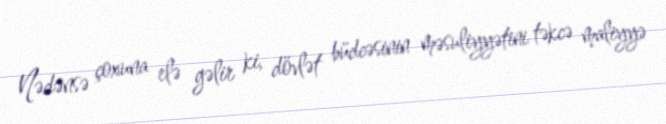
Nədənsə çoxuna elə gəlir ki, dövlət büdcəsinin məsuliyyətini təkcə maliyyə